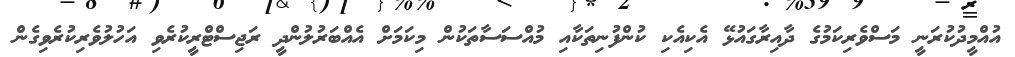
އުއްމީދުކުރަނީ މަސްވެރިކަމުގެ ދާއިރާގައުޅޭ އެކިއެކި ކުންފުނިތަކާއި މުއްސަސާތަކުން މިކަމަށް އެއްބަރުލުންދީ ރަޖިސްޓްރީކުރެވި އަހުލުވެރިކުރެވިގެން